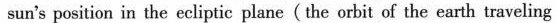
sun's position in the ecliptic plane(the orbit of the earth traveling